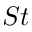
S t